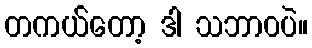
တကယ်တော့ ဒါ သဘာဝပဲ။